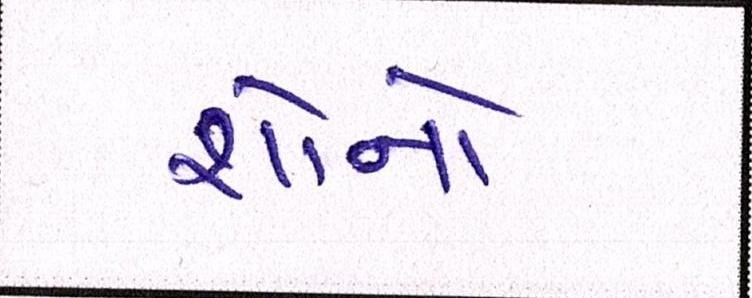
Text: શૉનો